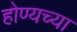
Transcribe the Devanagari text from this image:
होण्यच्या